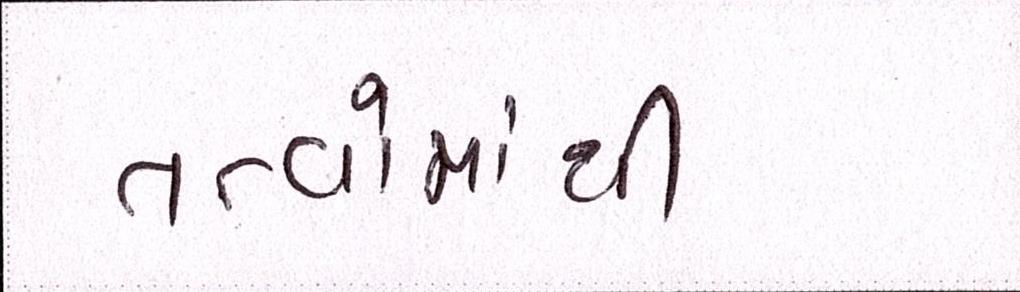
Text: તત્વોમાંથી